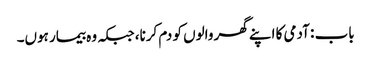
باب : آدمی کا اپنے گھر والوں کو دم کرنا، جبکہ وہ بیمار ہوں۔